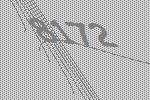
8172